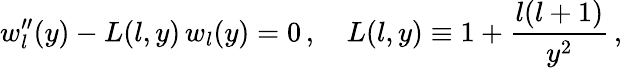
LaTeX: w_{l}^{\prime\prime}(y)-L(l,y)\, w_{l}(y)=0\, ,\quad L(l,y)\equiv 1+\frac{l(l+1)}{y^{2}}\, ,